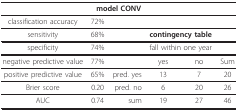
<table><thead><tr><td colspan="6"><b>model CONV</b></td></tr></thead><tbody><tr><td>classification accuracy</td><td>72%</td><td></td><td></td><td></td><td></td></tr><tr><td>sensitivity</td><td>68%</td><td></td><td colspan="2"><b>contingency table</b></td><td></td></tr><tr><td>specificity</td><td>74%</td><td></td><td colspan="2">fall within one year</td><td></td></tr><tr><td>negative predictive value</td><td>77%</td><td></td><td>yes</td><td>no</td><td>Sum</td></tr><tr><td>positive predictive value</td><td>65%</td><td>pred. yes</td><td>13</td><td>7</td><td>20</td></tr><tr><td>Brier score</td><td>0.20</td><td>pred. no</td><td>6</td><td>20</td><td>26</td></tr><tr><td>AUC</td><td>0.74</td><td>sum</td><td>19</td><td>27</td><td>46</td></tr></tbody></table>